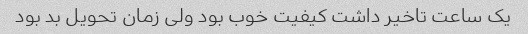
یک ساعت تاخیر داشت کیفیت خوب بود ولی زمان تحویل بد بود